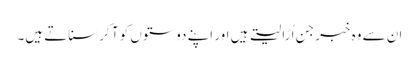
ان سے وہ خبر جن اُڑا لیتے ہیں اور اپنے دوستوں کو آ کر سناتے ہیں۔